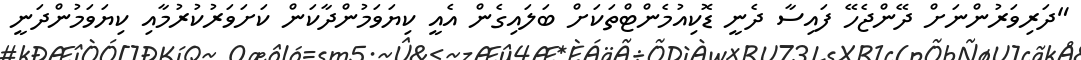
"ދަރިވަރުންނަށް ދޭންޖެހޭ ފައިސާ ދެނީ ޑޮކިއުމެންޓްތަކަށް ބަލައިގެން އެއީ ކިޔަވަމުންދާކަން ކަށަވަރުކުރުމާއި ކިޔަވަމުންދަނީ